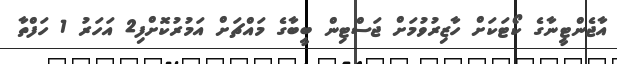
އާޖެންޓީނާގެ ކޯޓަކަށް ހާޒިރުވުމަށް ޖަސްޓިން ބީބާގެ މައްޗަށް އަމުރުކޮށްފި2 އަހަރު 1 ހަފްތާ